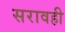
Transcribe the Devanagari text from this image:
सरावही